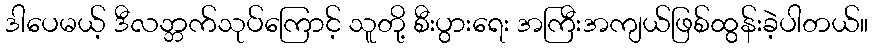
ဒါပေမယ့် ဒီလဘ္ဘက်သုပ်ကြောင့် သူတို့ စီးပွားရေး အကြီးအကျယ်ဖြစ်ထွန်းခဲ့ပါတယ်။